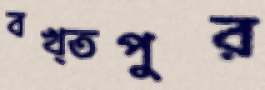
বখ্তপুর